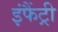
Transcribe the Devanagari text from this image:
इंफैंट्री